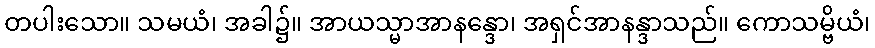
တပါးသော။ သမယံ၊ အခါ၌။ အာယသ္မာအာနန္ဒော၊ အရှင်အာနန္ဒာသည်။ ကောသမ္ဗိယံ၊